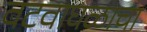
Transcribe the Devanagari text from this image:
वटवाघळाचा